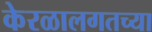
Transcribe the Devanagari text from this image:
केरळालगतच्या